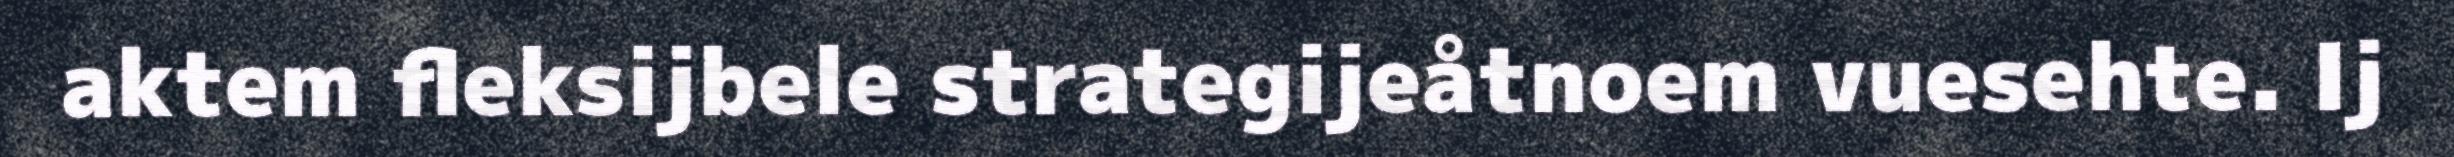
aktem fleksijbele strategijeåtnoem vuesehte. Ij